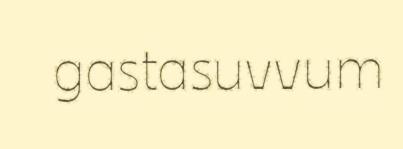
gastasuvvum